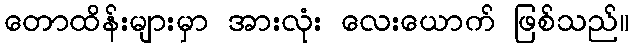
တောထိန်းများမှာ အားလုံး လေးယောက် ဖြစ်သည်။